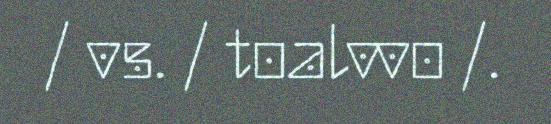
/ vs. / toalvvo /.